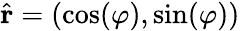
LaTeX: {\hat{\mathbf{r}}}=(\cos(\varphi),\sin(\varphi))